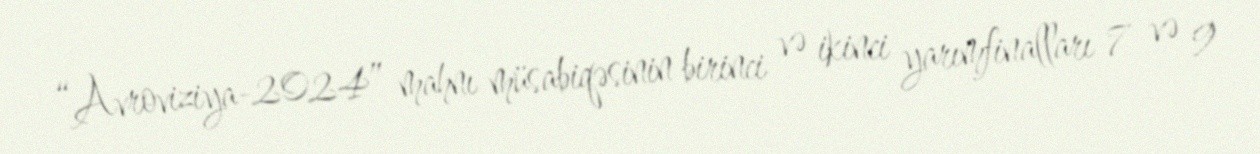
“Avroviziya-2024” mahnı müsabiqəsinin birinci və ikinci yarımfinalları 7 və 9